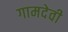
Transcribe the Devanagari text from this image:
गामदेवी